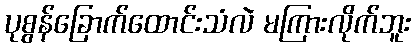
ပုစွန်ခြောက်ထောင်းသံလဲ မကြားလိုက်ဘူး